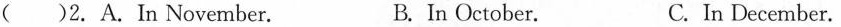
( )2. A.In November. B. In October. C. In December.